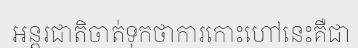
អន្តរជាតិចាត់ទុកថាការកោះហៅនេះគឺជា